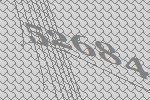
52684